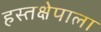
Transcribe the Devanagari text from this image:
हस्तक्षेपाला